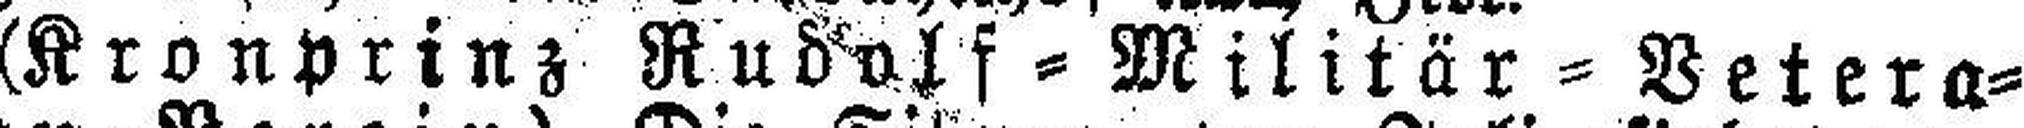
(Kronprinz Rudolf=Militär=Vetera¬